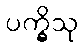
ပက္ခိသု